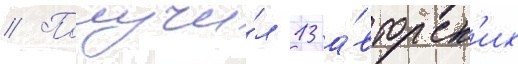
// Получи́л 13 а́вторск'их